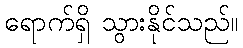
ရောက်ရှိ သွားနိုင်သည်။